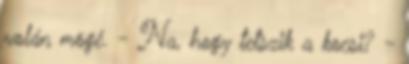
volán mögé. - Na, hogy tetszik a kocsi? -